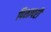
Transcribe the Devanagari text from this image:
पिशापरी